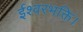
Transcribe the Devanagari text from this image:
ईश्वरभक्ति।